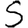
Digit: 5